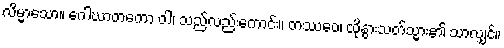
လိမ္မာသော။ ဂေါဃာတကော ဝါ၊ သည်လည်းကောင်း။ တဿေဝ၊ ထိုနွားသတ်သ္မား၏ သာလျှင်။